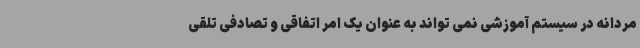
مردانه در سیستم آموزشی نمی تواند به عنوان یک امر اتفاقی و تصادفی تلقی